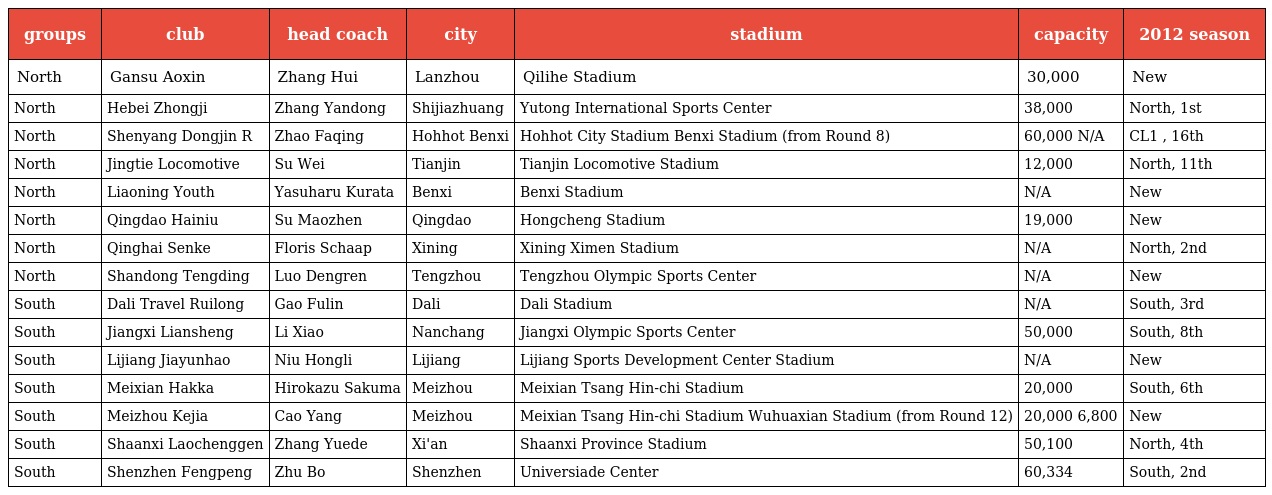
| groups | club | head coach | city | stadium | capacity | 2012 season |
 | --- | --- | --- | --- | --- | --- | --- |
 | North | Gansu Aoxin | Zhang Hui | Lanzhou | Qilihe Stadium | 30,000 | New |
 | North | Hebei Zhongji | Zhang Yandong | Shijiazhuang | Yutong International Sports Center | 38,000 | North, 1st |
 | North | Shenyang Dongjin R | Zhao Faqing | Hohhot Benxi | Hohhot City Stadium Benxi Stadium (from Round 8) | 60,000 N/A | CL1 , 16th |
 | North | Jingtie Locomotive | Su Wei | Tianjin | Tianjin Locomotive Stadium | 12,000 | North, 11th |
 | North | Liaoning Youth | Yasuharu Kurata | Benxi | Benxi Stadium | N/A | New |
 | North | Qingdao Hainiu | Su Maozhen | Qingdao | Hongcheng Stadium | 19,000 | New |
 | North | Qinghai Senke | Floris Schaap | Xining | Xining Ximen Stadium | N/A | North, 2nd |
 | North | Shandong Tengding | Luo Dengren | Tengzhou | Tengzhou Olympic Sports Center | N/A | New |
 | South | Dali Travel Ruilong | Gao Fulin | Dali | Dali Stadium | N/A | South, 3rd |
 | South | Jiangxi Liansheng | Li Xiao | Nanchang | Jiangxi Olympic Sports Center | 50,000 | South, 8th |
 | South | Lijiang Jiayunhao | Niu Hongli | Lijiang | Lijiang Sports Development Center Stadium | N/A | New |
 | South | Meixian Hakka | Hirokazu Sakuma | Meizhou | Meixian Tsang Hin-chi Stadium | 20,000 | South, 6th |
 | South | Meizhou Kejia | Cao Yang | Meizhou | Meixian Tsang Hin-chi Stadium Wuhuaxian Stadium (from Round 12) | 20,000 6,800 | New |
 | South | Shaanxi Laochenggen | Zhang Yuede | Xi'an | Shaanxi Province Stadium | 50,100 | North, 4th |
 | South | Shenzhen Fengpeng | Zhu Bo | Shenzhen | Universiade Center | 60,334 | South, 2nd |